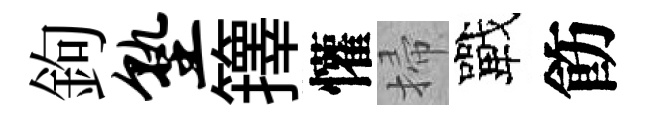
鉤塾籜懽掃戰飭